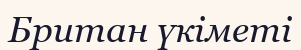
Британ үкіметі